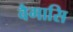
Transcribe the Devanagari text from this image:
वैगासि